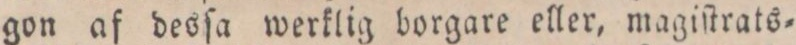
gon af desſa werklig borgare eller, magiſtrats=